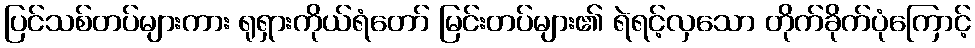
ပြင်သစ်တပ်များကား ရုရှားကိုယ်ရံတော် မြင်းတပ်များ၏ ရဲရင့်လှသော တိုက်ခိုက်ပုံကြောင့်